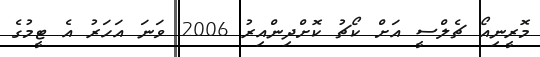
މޮރީނިއޯ ޗެލްސީ އަށް ކޯޗު ކޮށްދިންއިރު 2006 ވަނަ އަހަރު އެ ޓީމުގެ